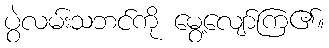
ပွဲလမ်းသဘင်ကို မွေ့လျော်ကြ၏။